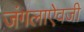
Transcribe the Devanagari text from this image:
जंगलाऐवजी